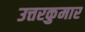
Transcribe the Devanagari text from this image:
उत्तरकुमार